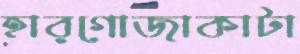
হারগোজাকাটা